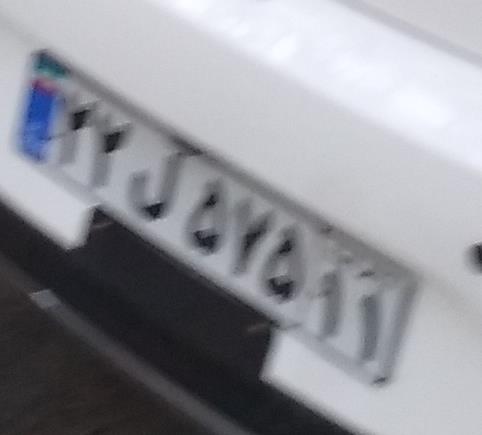
۲۲ل۵۷۵۱۱